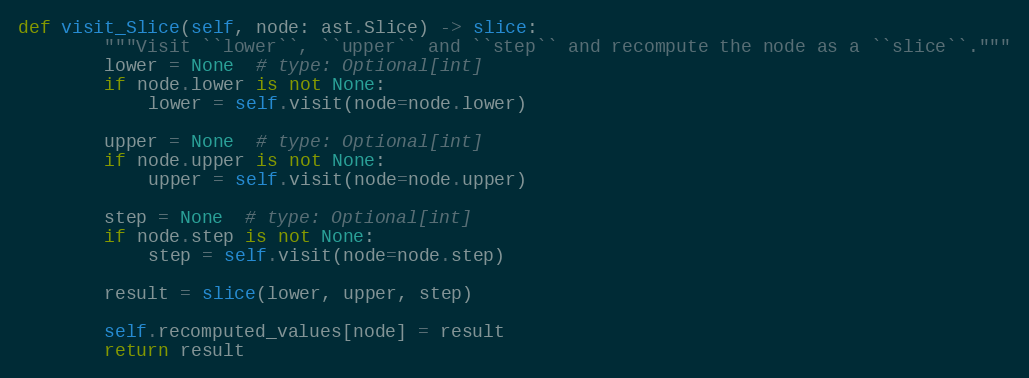
Language: Python
def visit_Slice(self, node: ast.Slice) -> slice:
        """Visit ``lower``, ``upper`` and ``step`` and recompute the node as a ``slice``."""
        lower = None  # type: Optional[int]
        if node.lower is not None:
            lower = self.visit(node=node.lower)

        upper = None  # type: Optional[int]
        if node.upper is not None:
            upper = self.visit(node=node.upper)

        step = None  # type: Optional[int]
        if node.step is not None:
            step = self.visit(node=node.step)

        result = slice(lower, upper, step)

        self.recomputed_values[node] = result
        return result